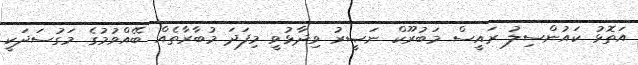
އަތޮޅު ކައުންސިލު ރައީސް މަބުރޫކް ނަޞީރު ވިދާޅުވީ މިފަދަ މުބާރާތެއް ބޭއްވުމުގެ މަގުސަދަކީ